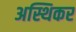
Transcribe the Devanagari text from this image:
अस्थिकर